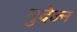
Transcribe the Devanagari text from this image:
मुदेज्न